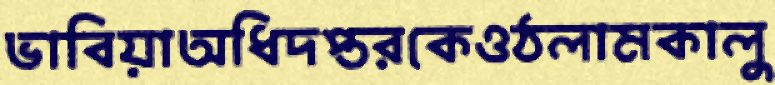
ভাবিয়াঅধিদপ্তরকেওঠলামকালু